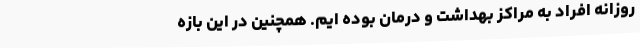
روزانه افراد به مراکز بهداشت و درمان بوده ایم. همچنین در این بازه